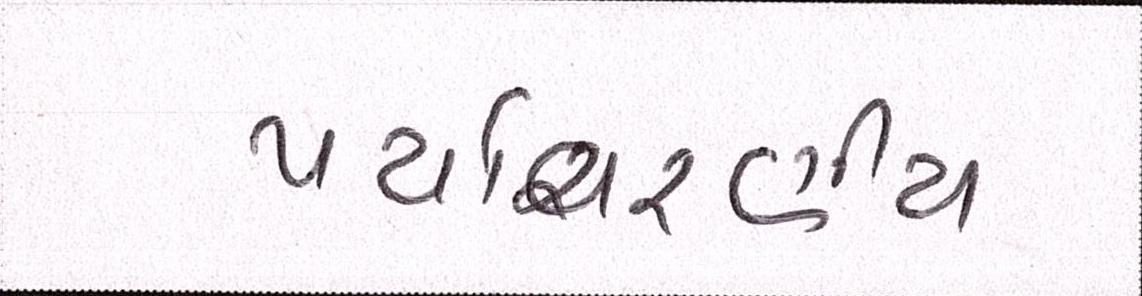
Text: પર્યાવરણીય